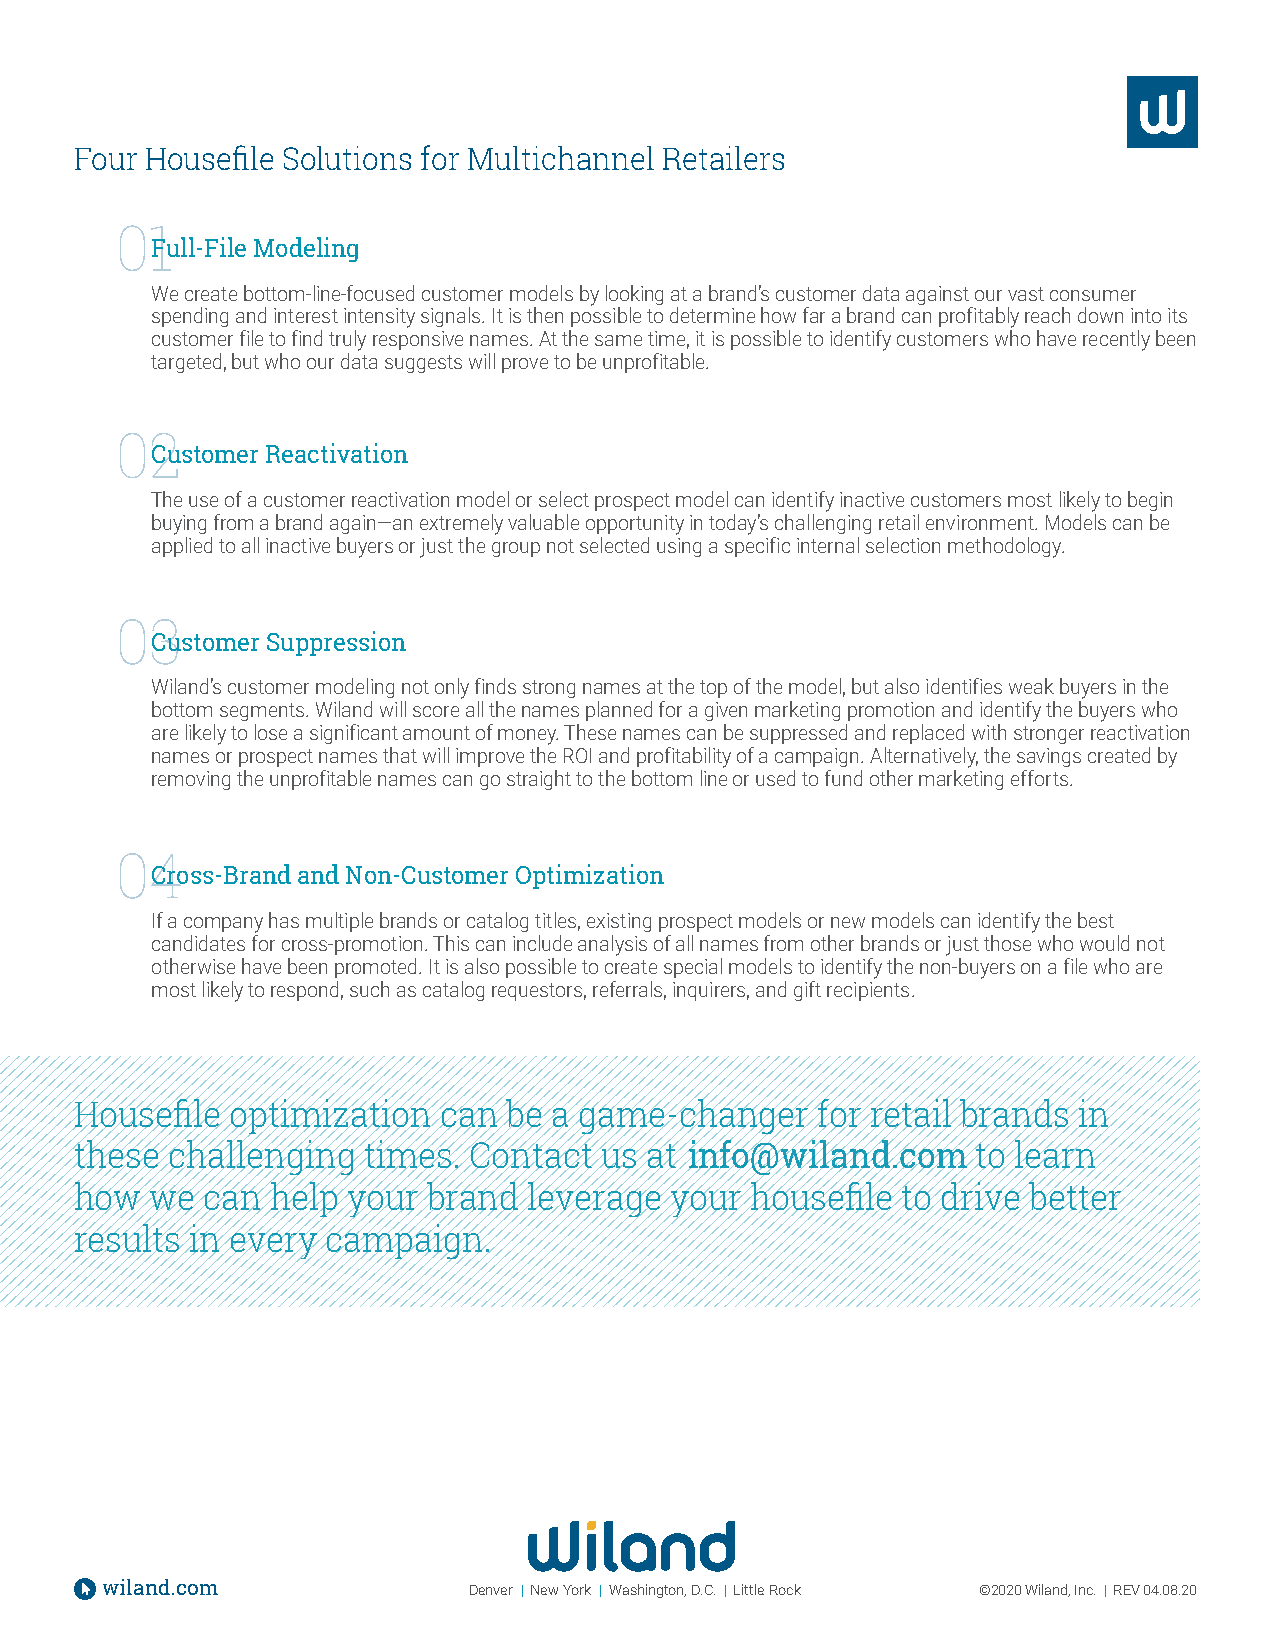
Four Housefile Solutions for Multichannel Retailers
 01
 Full-File Modeling
 We create bottom-line-focused customer models by looking at a brand’s customer data against our vast consumer
 spending and interest intensity signals. It is then possible to determine how far a brand can profitably reach down into its
 customer file to find truly responsive names. At the same time, it is possible to identify customers who have recently been
 targeted, but who our data suggests will prove to be unprofitable.
 02
 Customer Reactivation
 The use of a customer reactivation model or select prospect model can identify inactive customers most likely to begin
 buying from a brand again—an extremely valuable opportunity in today’s challenging retail environment. Models can be
 applied to all inactive buyers or just the group not selected using a specific internal selection methodology.
 03
 Customer Suppression
 Wiland’s customer modeling not only finds strong names at the top of the model, but also identifies weak buyers in the
 bottom segments. Wiland will score all the names planned for a given marketing promotion and identify the buyers who
 are likely to lose a significant amount of money. These names can be suppressed and replaced with stronger reactivation
 names or prospect names that will improve the ROI and profitability of a campaign. Alternatively, the savings created by
 removing the unprofitable names can go straight to the bottom line or used to fund other marketing efforts.
 04
 Cross-Brand and Non-Customer Optimization
 If a company has multiple brands or catalog titles, existing prospect models or new models can identify the best
 candidates for cross-promotion. This can include analysis of all names from other brands or just those who would not
 otherwise have been promoted. It is also possible to create special models to identify the non-buyers on a file who are
 most likely to respond, such as catalog requestors, referrals, inquirers, and gift recipients.
 Housefile optimization  can  be a game-changer   for retail brands in
 these challenging  times. Contact  us at info@wiland.com    to learn
 how  we  can help your brand  leverage your  housefile to drive better
 results in every campaign.
 wiland.com              Denver | New York | Washington, D.C. | Little Rock ©2020 Wiland, Inc. | REV 04.08.20